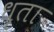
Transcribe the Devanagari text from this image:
धृता